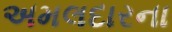
અમલદારના